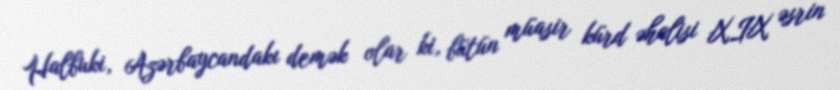
Halbuki, Azərbaycandakı demək olar ki, bütün müasir kürd əhalisi XIX əsrin